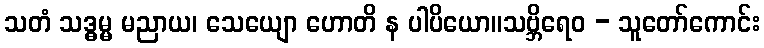
သတံ သဒ္ဓမ္မ မညာယ၊ သေယျော ဟောတိ န ပါပိယော။သဗ္ဘိရေဝ - သူတော်ကောင်း